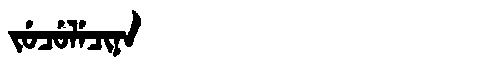
Manchu: ᠵᡠᠴᡠᠯᡝᠴᡳᠨᠠ
Romanization: JUCULECINA